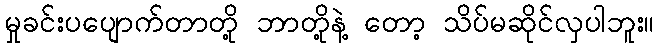
မှုခင်းပပျောက်တာတို့ ဘာတို့နဲ့ တော့ သိပ်မဆိုင်လှပါဘူး။